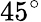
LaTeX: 45^{\mathrm{\circ}}